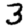
Digit: 3